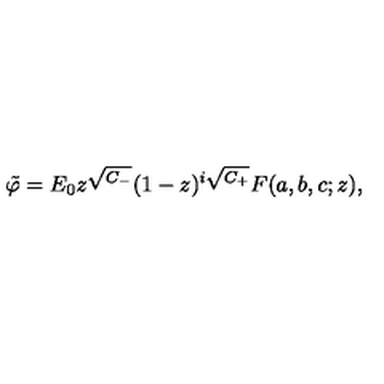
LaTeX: \tilde { \varphi } = E _ { 0 } z ^ { \sqrt { C _ { - } } } ( 1 - z ) ^ { i \sqrt { C _ { + } } } F ( a , b , c ; z ) ,